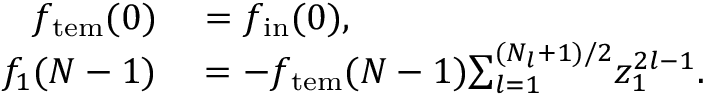
\begin{array} { r l } { f _ { \mathrm { t e m } } ( 0 ) } & { { } = f _ { \mathrm { i n } } ( 0 ) , } \\ { f _ { 1 } ( N - 1 ) } & { { } = - f _ { \mathrm { t e m } } ( N - 1 ) { \sum _ { l = 1 } ^ { ( N _ { l } { + } 1 ) / 2 } } z _ { 1 } ^ { 2 l - 1 } . } \end{array}